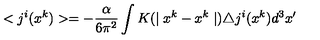
< j ^ { i } ( x ^ { k } ) > = - \frac { \alpha } { 6 \pi ^ { 2 } } \int K ( \mid x ^ { k } - x ^ { k } \mid ) \triangle j ^ { i } ( x ^ { k } ) d ^ { 3 } x ^ { \prime }